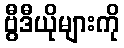
ဗွီဒီယိုများကို